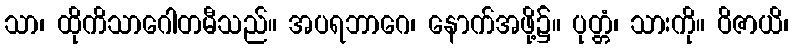
သာ၊ ထိုကိသာဂေါတမီသည်။ အပရဘာဂေ၊ နောက်အဖို့၌။ ပုတ္တံ၊ သားကို။ ဝိဇာယိ၊